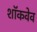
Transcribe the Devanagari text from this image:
शॉकवेव